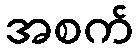
အစက်